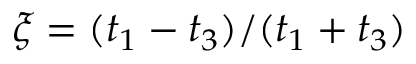
\xi = ( t _ { 1 } - t _ { 3 } ) / ( t _ { 1 } + t _ { 3 } )